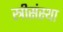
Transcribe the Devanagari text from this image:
स्त्रीसंस्था